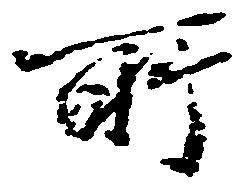
所